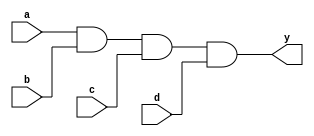
module and_gate (
    input a,
    input b,
    input c,
    input d,
    output y
);

assign y = a & b & c & d;

endmodule